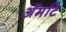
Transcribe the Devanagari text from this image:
अँमटि